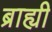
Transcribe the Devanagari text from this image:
ब्राह्यी